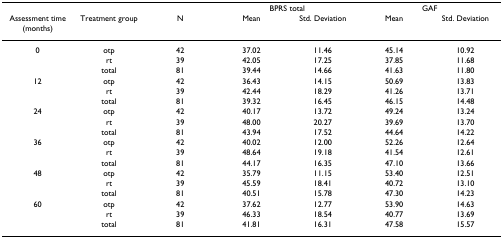
<table><thead><tr><td></td><td></td><td></td><td colspan="2"><b>BPRS total</b></td><td colspan="2"><b>GAF</b></td></tr><tr><td><b>Assessment time (months)</b></td><td><b>Treatment group</b></td><td><b>N</b></td><td><b>Mean</b></td><td><b>Std. Deviation</b></td><td><b>Mean</b></td><td><b>Std. Deviation</b></td></tr></thead><tbody><tr><td>0</td><td>otp</td><td>42</td><td>37.02</td><td>11.46</td><td>45.14</td><td>10.92</td></tr><tr><td></td><td>rt</td><td>39</td><td>42.05</td><td>17.25</td><td>37.85</td><td>11.68</td></tr><tr><td></td><td>total</td><td>81</td><td>39.44</td><td>14.66</td><td>41.63</td><td>11.80</td></tr><tr><td>12</td><td>otp</td><td>42</td><td>36.43</td><td>14.15</td><td>50.69</td><td>13.83</td></tr><tr><td></td><td>rt</td><td>39</td><td>42.44</td><td>18.29</td><td>41.26</td><td>13.71</td></tr><tr><td></td><td>total</td><td>81</td><td>39.32</td><td>16.45</td><td>46.15</td><td>14.48</td></tr><tr><td>24</td><td>otp</td><td>42</td><td>40.17</td><td>13.72</td><td>49.24</td><td>13.24</td></tr><tr><td></td><td>rt</td><td>39</td><td>48.00</td><td>20.27</td><td>39.69</td><td>13.70</td></tr><tr><td></td><td>total</td><td>81</td><td>43.94</td><td>17.52</td><td>44.64</td><td>14.22</td></tr><tr><td>36</td><td>otp</td><td>42</td><td>40.02</td><td>12.00</td><td>52.26</td><td>12.64</td></tr><tr><td></td><td>rt</td><td>39</td><td>48.64</td><td>19.18</td><td>41.54</td><td>12.61</td></tr><tr><td></td><td>total</td><td>81</td><td>44.17</td><td>16.35</td><td>47.10</td><td>13.66</td></tr><tr><td>48</td><td>otp</td><td>42</td><td>35.79</td><td>11.15</td><td>53.40</td><td>12.51</td></tr><tr><td></td><td>rt</td><td>39</td><td>45.59</td><td>18.41</td><td>40.72</td><td>13.10</td></tr><tr><td></td><td>total</td><td>81</td><td>40.51</td><td>15.78</td><td>47.30</td><td>14.23</td></tr><tr><td>60</td><td>otp</td><td>42</td><td>37.62</td><td>12.77</td><td>53.90</td><td>14.63</td></tr><tr><td></td><td>rt</td><td>39</td><td>46.33</td><td>18.54</td><td>40.77</td><td>13.69</td></tr><tr><td></td><td>total</td><td>81</td><td>41.81</td><td>16.31</td><td>47.58</td><td>15.57</td></tr></tbody></table>